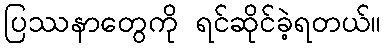
ပြဿနာတွေကို ရင်ဆိုင်ခဲ့ရတယ်။